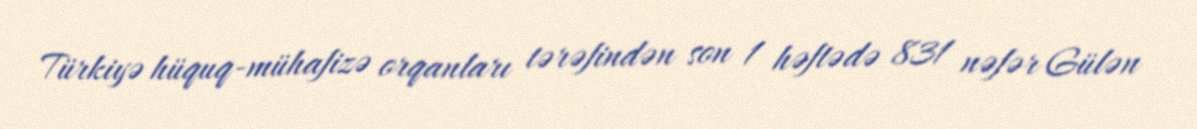
Türkiyə hüquq-mühafizə orqanları tərəfindən son 1 həftədə 831 nəfər Gülən